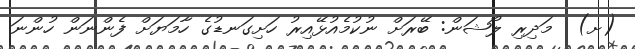
(ށ)  މަދިރި ލޯޝަން: ބޭރަށް ނުކުމެއުޅޭއިރު ހަށިގަނޑުގެ ހާމަޔަށް ފެންނަން ހުންނަ